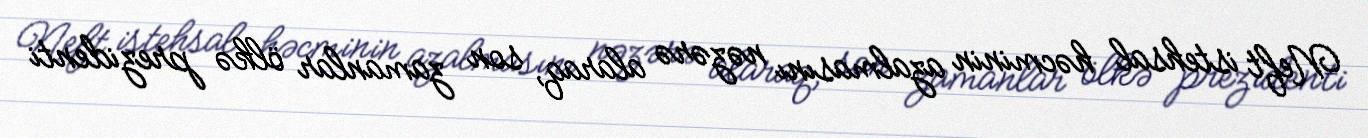
Neft istehsal həcminin azalmasını nəzərə alaraq, son zamanlar ölkə prezidenti